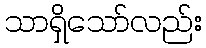
သာရှိသော်လည်း